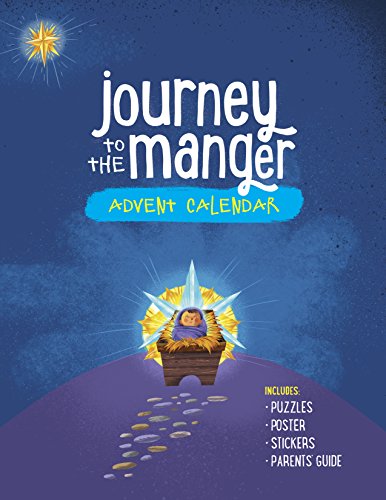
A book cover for Journey to the Manger Advent Calendar (Adventures in Odyssey); Focus on the Family; Calendars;